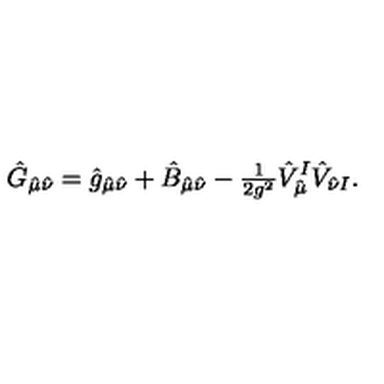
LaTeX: \hat { G } _ { \hat { \mu } \hat { \nu } } = \hat { g } _ { \hat { \mu } \hat { \nu } } + \hat { B } _ { \hat { \mu } \hat { \nu } } - { \textstyle \frac { 1 } { 2 g ^ { 2 } } } \hat { V } _ { \hat { \mu } } ^ { I } \hat { V } _ { \hat { \nu } I } .